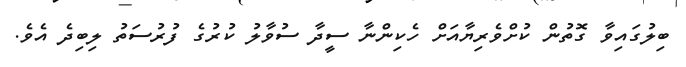
ބިލުގައިވާ ގޮތުން ކުށްވެރިޔާއަށް ހެކިންނާ ސީދާ ސުވާލު ކުރުގެ ފުރުސަތު ލިބިދެ އެވެ.